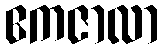
ဧကဇာလာ